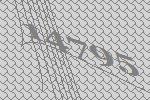
14795